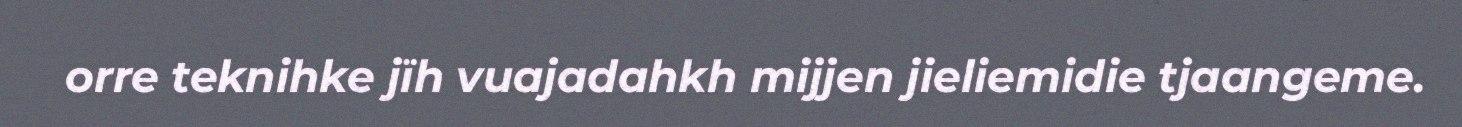
orre teknihke jïh vuajadahkh mijjen jieliemidie tjaangeme.